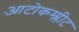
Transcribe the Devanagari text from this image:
आटोकम्प्लीट